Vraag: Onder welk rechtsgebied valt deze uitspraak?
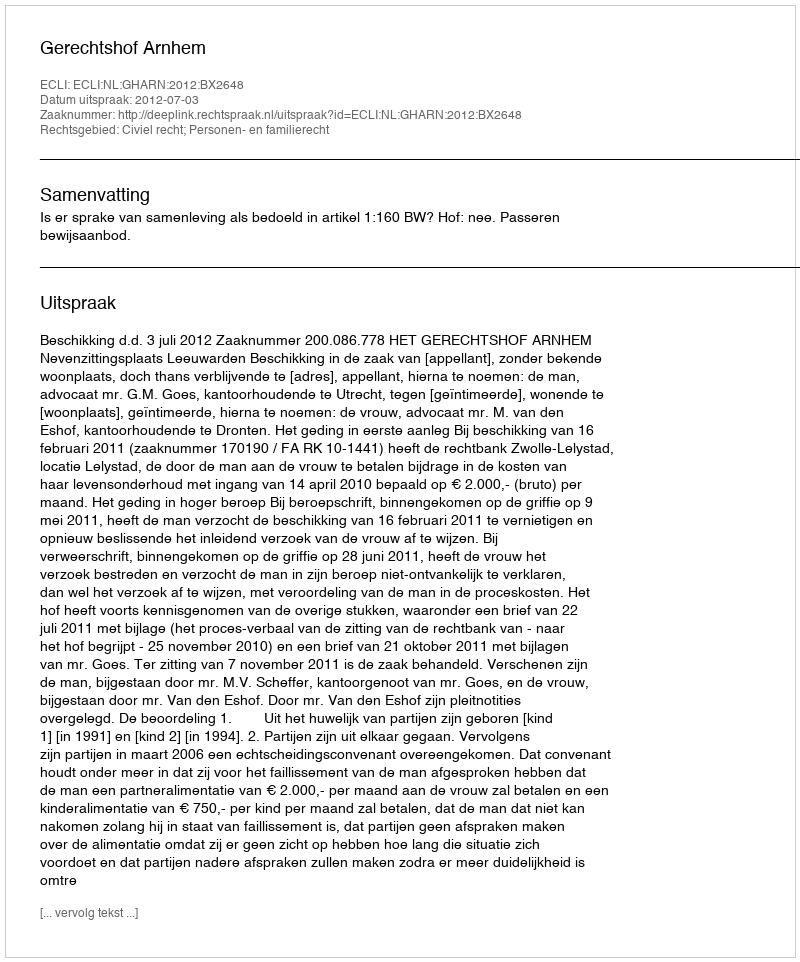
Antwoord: Civiel recht; Personen- en familierecht